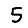
Digit: 5